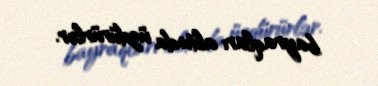
bayraqları altında üzdürürlər.